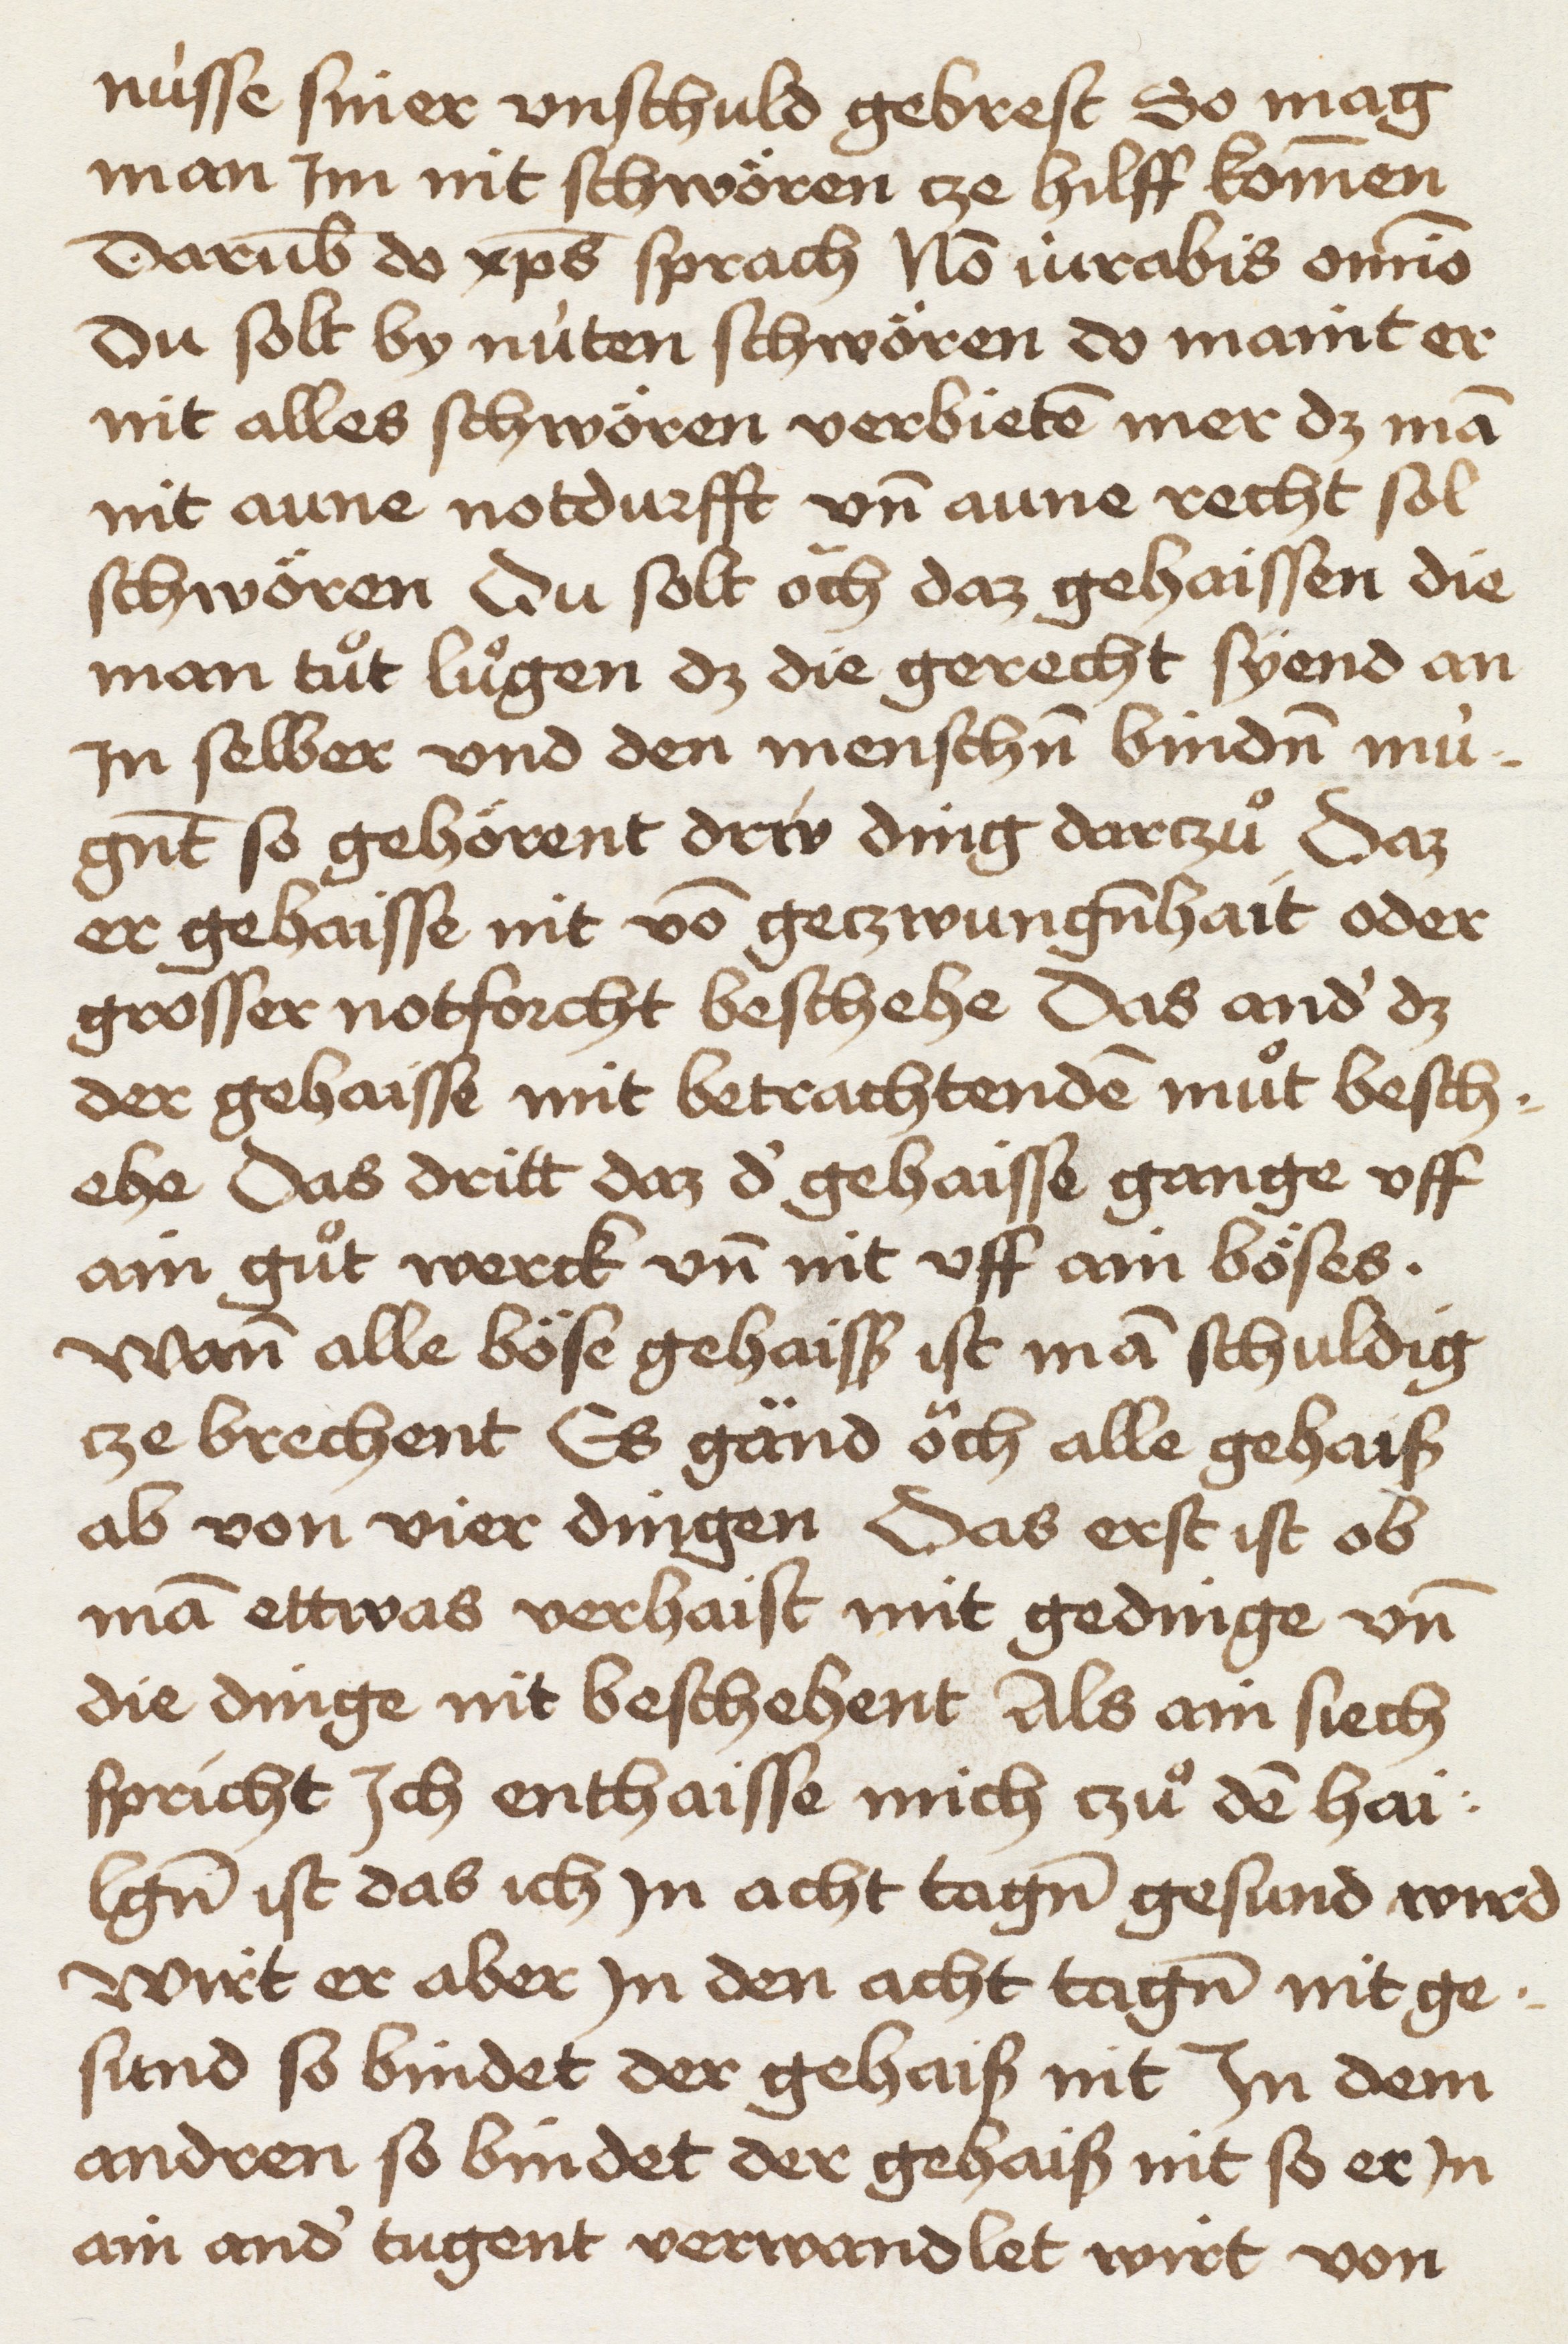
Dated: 1465–1467